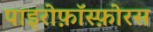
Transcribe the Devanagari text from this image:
पाइरोफ़ॉस्फ़ोरस